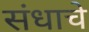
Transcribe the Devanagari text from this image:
संधाचे